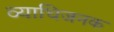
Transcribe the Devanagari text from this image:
व्‍याधिजनक